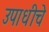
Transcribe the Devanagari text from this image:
उपाधीचे